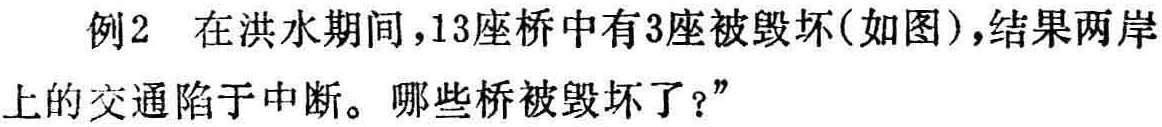
例2 在洪水期间，13座桥中有3座被毁坏(如图)，结果两岸

上的交通陷于中断。哪些桥被毁坏了？"